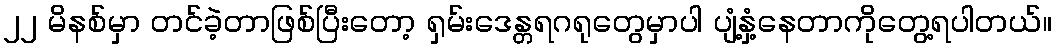
၂၂ မိနစ်မှာ တင်ခဲ့တာဖြစ်ပြီးတော့ ရှမ်းဒေန္တရဂရုတွေမှာပါ ပျံ့နှံ့နေတာကိုတွေ့ရပါတယ်။